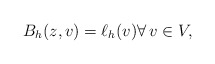
\begin{align*}B_h(z,v) = \ell_h(v) \forall\, v \in V,\end{align*}